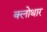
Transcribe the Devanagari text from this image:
क्लोथार